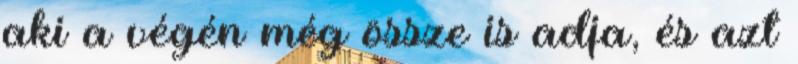
aki a végén még össze is adja, és azt